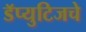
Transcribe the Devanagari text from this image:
डॅप्युटिजचे